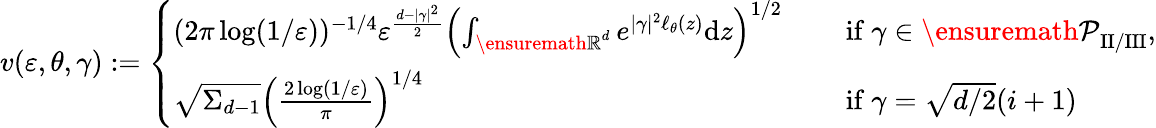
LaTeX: v(\varepsilon,\theta,\gamma):=\left\{ \begin{array}{ll}{(2\pi\log(1/\varepsilon))^{-1/4}\varepsilon^{\frac{d-|\gamma|^{2}}{2}}\left(\int_{{\ensuremath{\mathbb R}}^{d}}e^{|\gamma|^{2}\ell_{\theta}(z)}\mathrm{d}z\right)^{1/2}\quad}&{\mathrm{~if~}\gamma\in{\ensuremath{\mathcal P}}_{\mathrm{II/III}},}\\ {\sqrt{\Sigma_{d-1}}\left(\frac{2\log(1/\varepsilon)}{\pi}\right)^{1/4}\quad}&{\mathrm{~if~}\gamma=\sqrt{d/2}(i+1)}\end{array}\right.